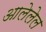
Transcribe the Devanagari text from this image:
आलेलेल